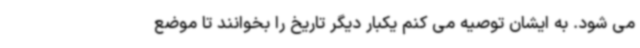
می شود. به ایشان توصیه می کنم یکبار دیگر تاریخ را بخوانند تا موضع